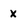
Character: x